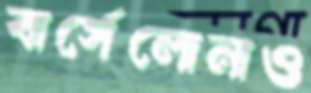
বার্সেলোনাও